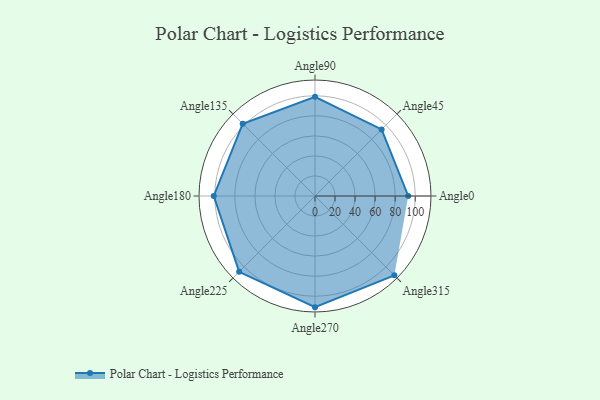
{"axis": {"x": "Angle", "y": "Radius"}, "legend": [""], "data": [{"x": "Angle0", "y": 93.0, "type": ""}, {"x": "Angle45", "y": 94.0, "type": ""}, {"x": "Angle90", "y": 99.0, "type": ""}, {"x": "Angle135", "y": 102.0, "type": ""}, {"x": "Angle180", "y": 101.0, "type": ""}, {"x": "Angle225", "y": 107.0, "type": ""}, {"x": "Angle270", "y": 111.0, "type": ""}, {"x": "Angle315", "y": 112.0, "type": ""}]}